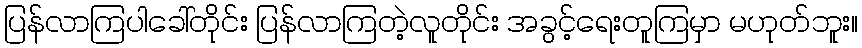
ပြန်လာကြပါခေါ်တိုင်း ပြန်လာကြတဲ့လူတိုင်း အခွင့်ရေးတူကြမှာ မဟုတ်ဘူး။